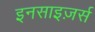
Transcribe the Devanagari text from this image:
इनसाइज़र्स